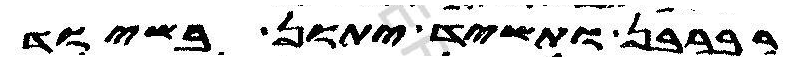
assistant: רברבן ותשיד יתון בשיוד